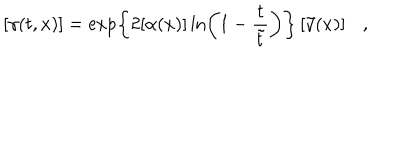
\left[ \gamma ( t , x ) \right] = \exp \left\{ 2 [ \alpha ( x ) ] \ln \left( 1 - \frac { t } { \tilde { t } } \right) \right\} \left[ \tilde { \gamma } ( x ) \right] ,